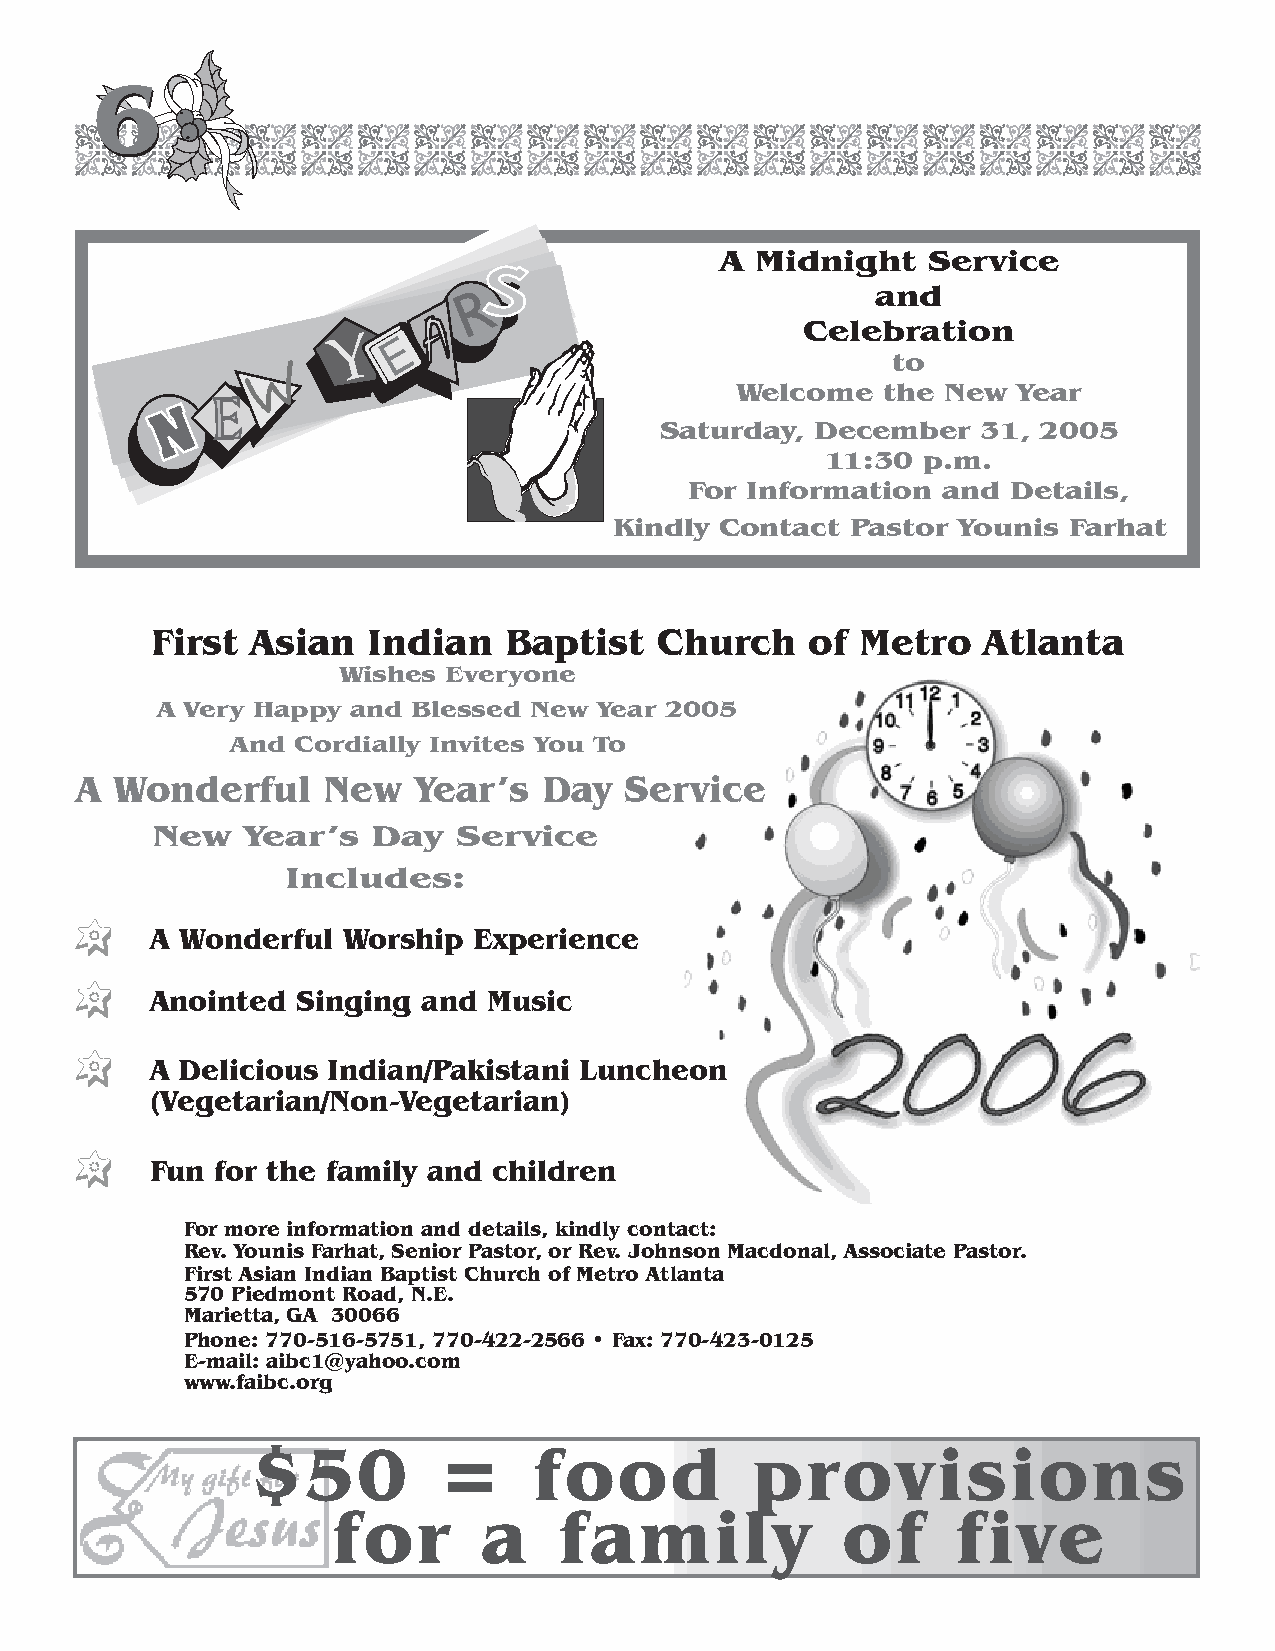
66
 A Midnight   Service
 and
 Celebration
 to
 Welcome  the  New Year
 Saturday, December   31, 2005
 11:30 p.m.
 For Information and  Details,
 Kindly Contact Pastor Younis  Farhat
 First  Asian  Indian   Baptist    Church    of Metro   Atlanta
 Wishes  Everyone
 A Very Happy and Blessed New  Year 2005
 And Cordially Invites You To
 A  Wonderful    New   Year’s   Day  Service
 New   Year’s   Day  Service
 Includes:
 A Wonderful  Worship Experience
 Anointed  Singing and Music
 A Delicious Indian/Pakistani Luncheon
 (Vegetarian/Non>Vegetarian)
 Fun for the family and children
 For more information and details, kindly contact:
 Rev. Younis Farhat, Senior Pastor, or Rev. Johnson Macdonal, Associate Pastor.
 First Asian Indian Baptist Church of Metro Atlanta
 570 Piedmont Road, N.E.
 Marietta, GA 30066
 Phone: 770>516>5751, 770>422>2566 • Fax: 770>423>0125
 E>mail: aibc1@yahoo.com
 www.faibc.org
 $50         =     food           provisions
 for       a    family             of     five